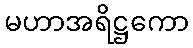
မဟာအရိဋ္ဌကော